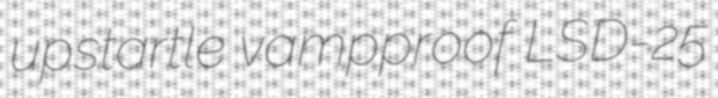
upstartle vampproof LSD-25